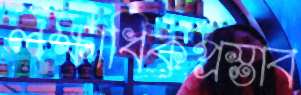
লক্ষাধিকপ্রস্তাব